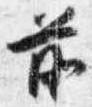
前